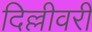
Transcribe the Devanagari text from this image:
दिल्लीवरी